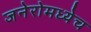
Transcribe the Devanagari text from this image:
जनेरोमध्येच